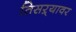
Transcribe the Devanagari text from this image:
तिसऱ्यावर